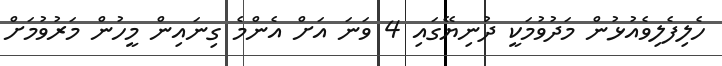
ހެލިފެލިވެއުޅުން މަދުވުމަކީ ދުނިޔޭގައި 4 ވަނަ އަށް އެންމެ ގިނައިން މީހުން މަރުވުމަށް